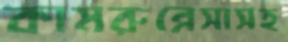
কামরুন্নেসাসহ